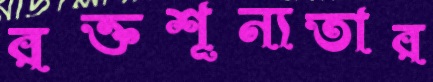
রক্তশূন্যতার